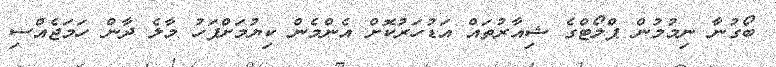
ބޯގުނާ ނިމުމުން ޕްލޯޓްގެ ޝިއާރުތައް އަޑުހަރުކޮށް އެންމެން ކިޔުމަށްފަހު މާލެ ދާން ހަމަޖެއްސި